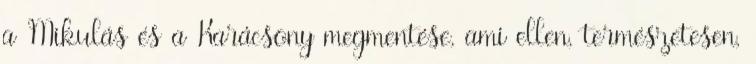
a Mikulás és a Karácsony megmentése, ami ellen, természetesen,